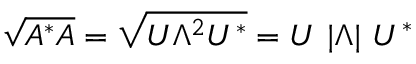
{ \sqrt { A ^ { * } A } } = { \sqrt { U \Lambda ^ { 2 } U ^ { * } } } = U \ | \Lambda | \ U ^ { * }